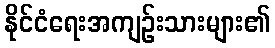
နိုင်ငံရေးအကျဉ်းသားများ၏